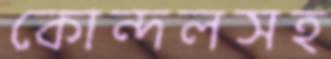
কোন্দলসহ